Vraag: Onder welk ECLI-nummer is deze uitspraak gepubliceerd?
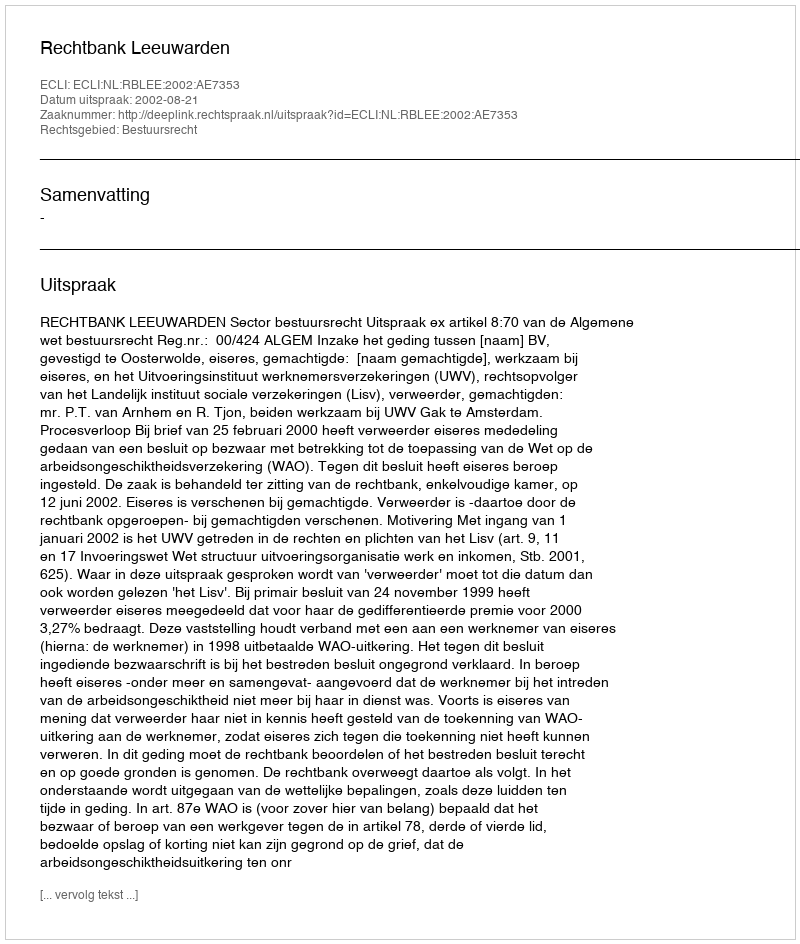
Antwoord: ECLI:NL:RBLEE:2002:AE7353